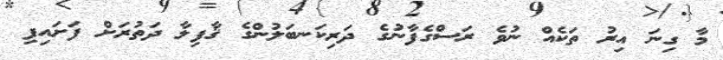
މާ ގިނަ އިރު ތަކެއް ނުވެ ރަސްގެފާނުގެ ދަރިކަނބަލުންގެ ޤާފިލާ ދަތުރަށް ފަށައިފި